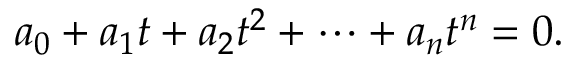
a _ { 0 } + a _ { 1 } t + a _ { 2 } t ^ { 2 } + \cdots + a _ { n } t ^ { n } = 0 .